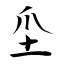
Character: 坕